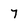
Character: 7